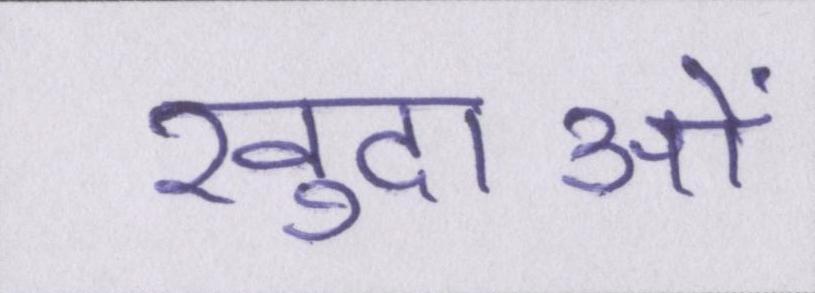
खुदाओं